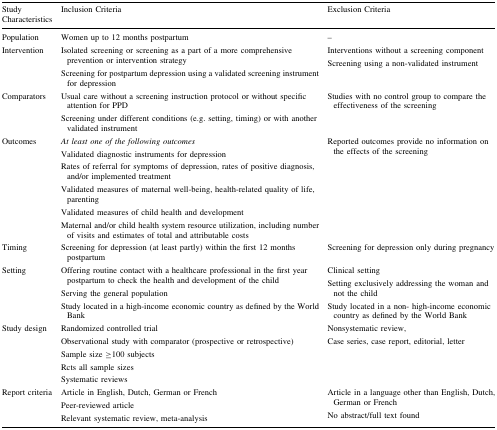
<table><thead><tr><td><b>Study Characteristics</b></td><td><b>Inclusion Criteria</b></td><td><b>Exclusion Criteria</b></td></tr></thead><tbody><tr><td>Population</td><td>Women up to 12 months postpartum</td><td>–</td></tr><tr><td>Intervention</td><td>Isolated screening or screening as a part of a more comprehensive prevention or intervention strategyScreening for postpartum depression using a validated screening instrument for depression</td><td>Interventions without a screening componentScreening using a non-validated instrument</td></tr><tr><td>Comparators</td><td>Usual care without a screening instruction protocol or without specific attention for PPDScreening under different conditions (e.g. setting, timing) or with another validated instrument</td><td>Studies with no control group to compare the effectiveness of the screening</td></tr><tr><td>Outcomes</td><td><i>At least one of the following outcomes</i>Validated diagnostic instruments for depressionRates of referral for symptoms of depression, rates of positive diagnosis, and/or implemented treatmentValidated measures of maternal well-being, health-related quality of life, parentingValidated measures of child health and developmentMaternal and/or child health system resource utilization, including number of visits and estimates of total and attributable costs</td><td>Reported outcomes provide no information on the effects of the screening</td></tr><tr><td>Timing</td><td>Screening for depression (at least partly) within the first 12 months postpartum</td><td>Screening for depression only during pregnancy</td></tr><tr><td>Setting</td><td>Offering routine contact with a healthcare professional in the first year postpartum to check the health and development of the childServing the general populationStudy located in a high-income economic country as defined by the World Bank</td><td>Clinical settingSetting exclusively addressing the woman and not the childStudy located in a non- high-income economic country as defined by the World Bank</td></tr><tr><td>Study design</td><td>Randomized controlled trialObservational study with comparator (prospective or retrospective)Sample size ≥100 subjectsRcts all sample sizesSystematic reviews</td><td>Nonsystematic review,Case series, case report, editorial, letter</td></tr><tr><td>Report criteria</td><td>Article in English, Dutch, German or FrenchPeer-reviewed articleRelevant systematic review, meta-analysis</td><td>Article in a language other than English, Dutch, German or FrenchNo abstract/full text found</td></tr></tbody></table>